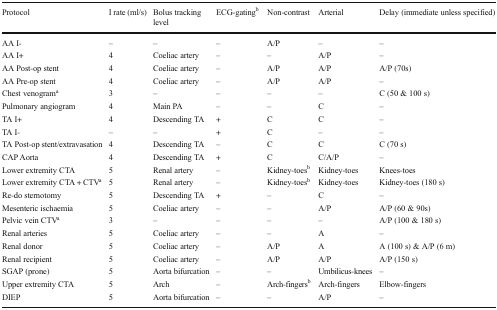
| Protocol | I rate (ml/s) | Bolus tracking level | ECG-gatingb | Non-contrast | Arterial | Delay (immediate unless specified) |
 | --- | --- | --- | --- | --- | --- | --- |
 | AA I- | – | – | – | A/P | – | – |
 | AA I+ | 4 | Coeliac artery | – | – | A/P | – |
 | AA Post-op stent | 4 | Coeliac artery | – | A/P | A/P | A/P (70s) |
 | AA Pre-op stent | 4 | Coeliac artery | – | A/P | A/P | – |
 | Chest venograma | 3 | – | – | – | – | C (50 & 100 s) |
 | Pulmonary angiogram | 4 | Main PA | – | – | C | – |
 | TA I+ | 4 | Descending TA | + | C | C | – |
 | TA I- | – | – | + | C | – | – |
 | TA Post-op stent/extravasation | 4 | Descending TA | – | C | C | C (70 s) |
 | CAP Aorta | 4 | Descending TA | + | C | C/A/P | – |
 | Lower extremity CTA | 5 | Renal artery | – | Kidney-toesb | Kidney-toes | Knees-toes |
 | Lower extremity CTA + CTVa | 5 | Renal artery | – | Kidney-toesb | Kidney-toes | Kidney-toes (180 s) |
 | Re-do sternotomy | 5 | Descending TA | + | – | C | – |
 | Mesenteric ischaemia | 5 | Coeliac artery | – | – | A/P | A/P (60 & 90s) |
 | Pelvic vein CTVa | 3 | – | – | – | – | A/P (100 & 180 s) |
 | Renal arteries | 5 | Coeliac artery | – | – | A | – |
 | Renal donor | 5 | Coeliac artery | – | A/P | A | A (100 s) & A/P (6 m) |
 | Renal recipient | 5 | Coeliac artery | – | A/P | A/P | A/P (150 s) |
 | SGAP (prone) | 5 | Aorta bifurcation | – | – | Umbilicus-knees | – |
 | Upper extremity CTA | 5 | Arch | – | Arch-fingersb | Arch-fingers | Elbow-fingers |
 | DIEP | 5 | Aorta bifurcation | – | – | A/P | – |